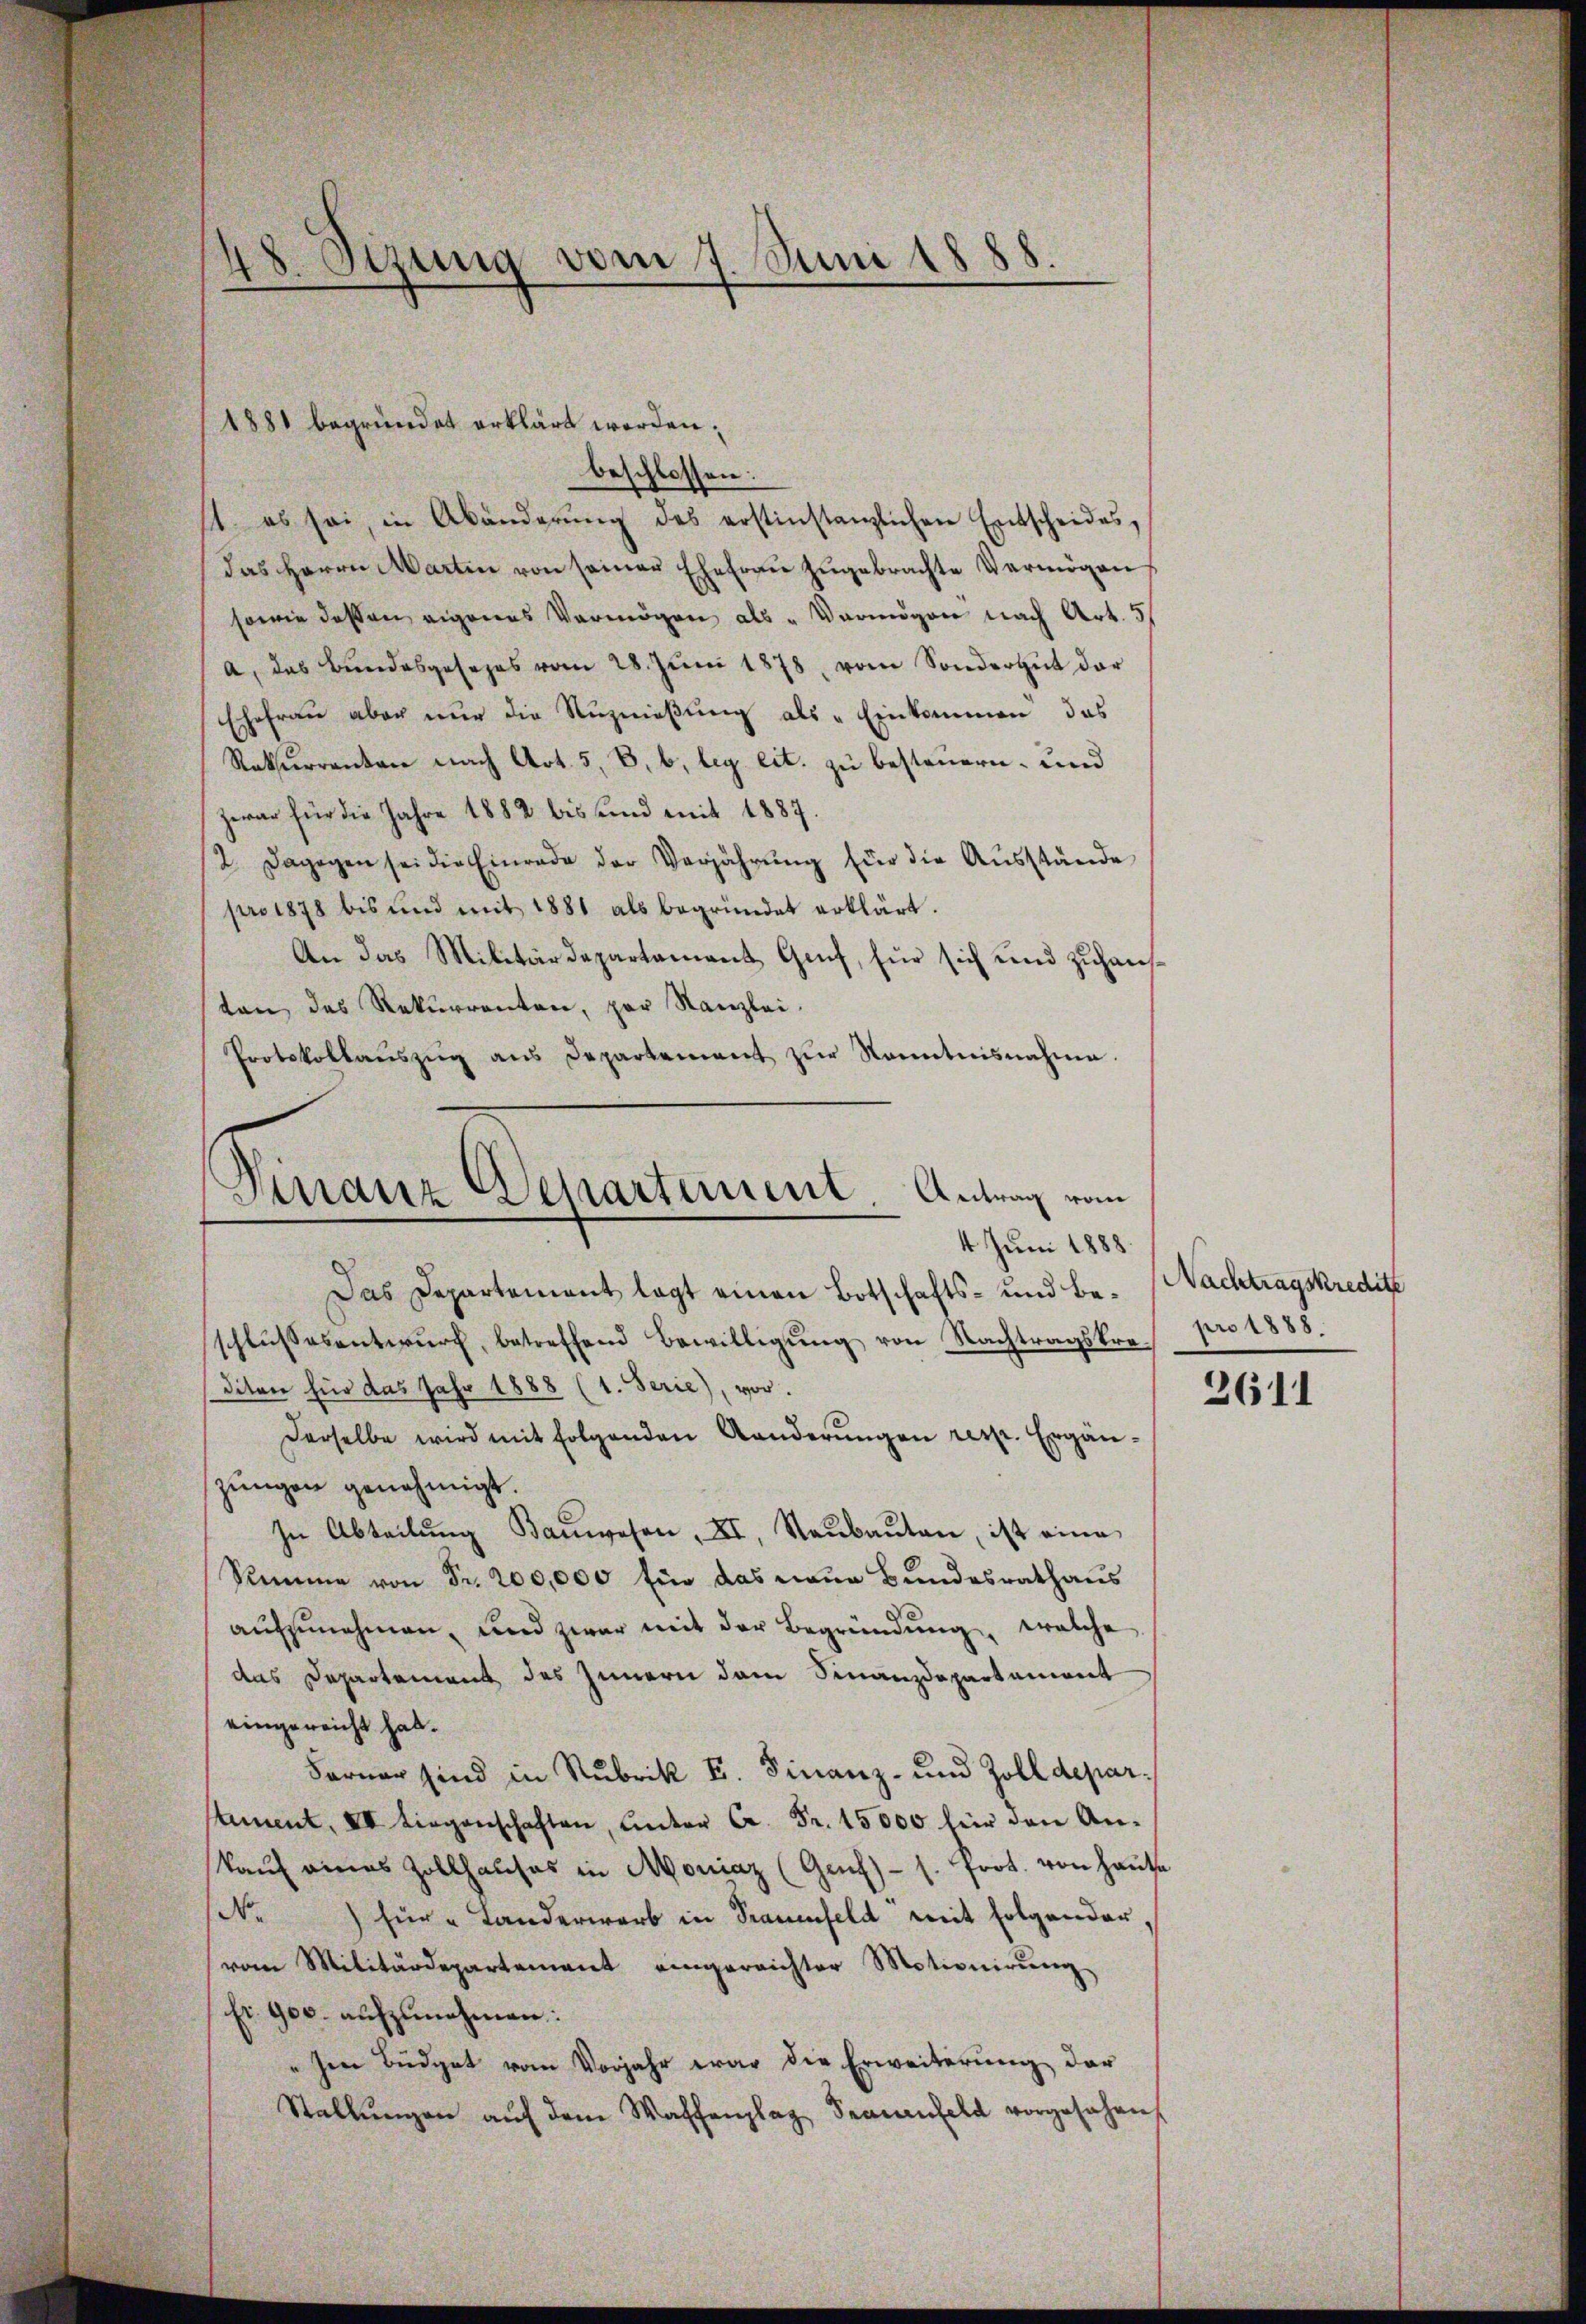
48. Sizung vom 7. Juni 1888.

1881 begründet erklärt worden.

beschlossen:
1. es sei, in Abänderŭng des erstinstanzlichen Entscheides,
das Herrn Martin von seiner Ehefrau zugebrachte Vermögen
sowie dessen eigenes Vermögen als „Vermögen nach Art. 5.
a, das Bundesgesezes vom 28. Jŭni 1878, vom Sondergut der
Ehefrau aber nur die Ruznießung als „Einkommen das
Rekurrenten nach Art. 5, B, b, bey eit. zu besteuern, und
zwar für die Jahre 1882 bis und mit 1887.
2. Dagegen sei die Einrade der Verjährŭng für die Aŭsstände
pro 1878 bis und mit 1881 als begründet erklärt.
An das Militärdepartament Genf, für sich und zuhausten des Rekurrenten, par Kanzlei-
Protokollaŭszŭg ans Departement zŭr Kenntnisnahme.

¬
Finanz Separtement. Antrag vom
4 Juni 1888.

Das Departement legt einen Botschafts- und Beschlŭssesentwŭrf betreffend Bewilligŭng von Nachtragskrediton für das Jahr 1888 (1. Serie), vor.
Derselbe wird mit folgenden Kanderŭngen resp. Ergän-
zungen genehmigt.
In Abteilŭng Baŭwesen, II. Raŭbaŭten, ist eine
Simme von Fr. 200,000 für das neue Bundesrathaus
aufzunehmen, und zwar mit der Begründung, welche
das Departement des Innern dem Finanzdepartement
eingereicht hat.
Ferner sind in Rubrik E. Finanz- und Zolldeparstament, XV Liegenschaften, ŭnter C. Fr. 15000 für den An-
kaŭf eines Zollhauses in Moniaz (Genf)- s. Prot. von Hause
N.) für Landerwarb in Trauenfeld mit folgender,
vom Militärdepartement eingereichter Motionirŭng
fr. 900. aufzunehmen:
Ien Budget vom Vorjahr war die Erweiterung der
Stallŭngen aŭf dem Waffenplag Frauenfeld vorgesehen,

Nachtragskredite
pro 1888.

2611